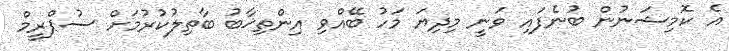
އެ ކޮމިޝަނުން ބުނެފައި ވަނީ މިދިޔަ މަހު ބޭއްވި އިންތިޚާބު ބާތިލުކުރުމަށް ސުޕްރީމް